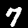
Digit: 7